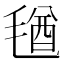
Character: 𣮩